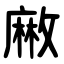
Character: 䵇